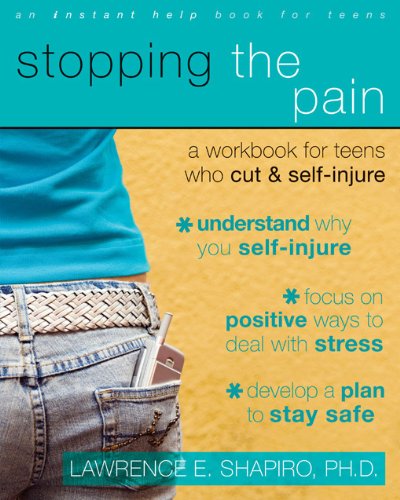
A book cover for Stopping the Pain: A Workbook for Teens Who Cut and Self Injure; Lawrence Shapiro PhD; Teen & Young Adult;